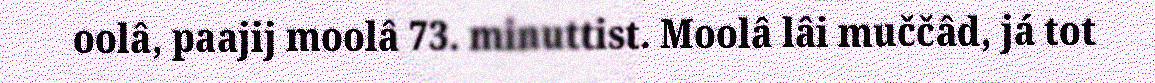
oolâ, paajij moolâ 73. minuttist. Moolâ lâi muččâd, já tot